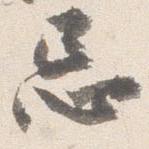
忌